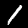
Digit: 1